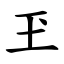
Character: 玊